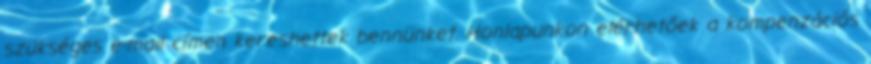
szükséges e-mail címen kereshettek bennünket. Honlapunkon elérhetőek a kompenzációs